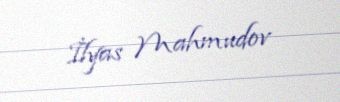
İlyas Mahmudov